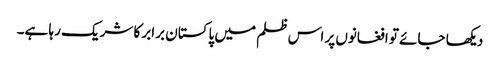
دیکھا جائے تو افغانوں پر اس ظلم میں پاکستان برابر کا شریک رہا ہے۔